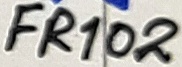
Text: FR102